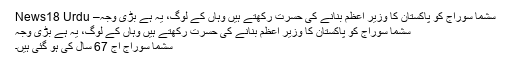
سشما سوراج کو پاکستان کا وزیر اعظم بنانے کی حسرت رکھتے ہیں وہاں کے لوگ، یہ ہے بڑی وجہ– News18 Urdu
سشما سوراج کو پاکستان کا وزیر اعظم بنانے کی حسرت رکھتے ہیں وہاں کے لوگ، یہ ہے بڑی وجہ
سشما سوراج آج 67 سال کی ہو گئی ہیں۔